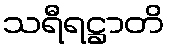
သရီရဋ္ဌာတိ